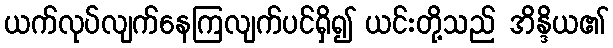
ယက်လုပ်လျက်နေကြလျက်ပင်ရှိ၍ ယင်းတို့သည် အိန္ဒိယ၏